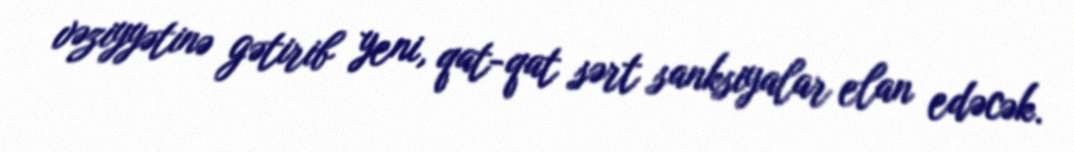
vəziyyətinə gətirib yeni, qat-qat sərt sanksiyalar elan edəcək.